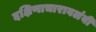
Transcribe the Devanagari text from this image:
दक्षिणाचारावलंबी